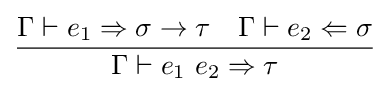
{\frac {\Gamma \vdash e_{1}\Rightarrow \sigma \to \tau \quad \Gamma \vdash e_{2}\Leftarrow \sigma }{\Gamma \vdash e_{1}~e_{2}\Rightarrow \tau }}